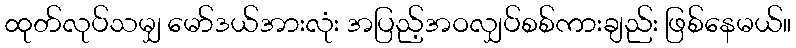
ထုတ်လုပ်သမျှ မော်ဒယ်အားလုံး အပြည့်အဝလျှပ်စစ်ကားချည်း ဖြစ်နေမယ်။